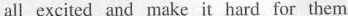
all excited and make it hard for them